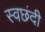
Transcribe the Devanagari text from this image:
स्वछंदी